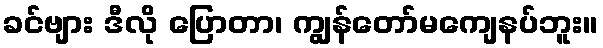
ခင်ဗျား ဒီလို ပြောတာ၊ ကျွန်တော်မကျေနပ်ဘူး။